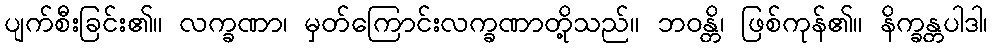
ပျက်စီးခြင်း၏။ လက္ခဏာ၊ မှတ်ကြောင်းလက္ခဏာတို့သည်။ ဘဝန္တိ၊ ဖြစ်ကုန်၏။ နိက္ခန္တပါဒါ၊